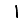
Digit: 1